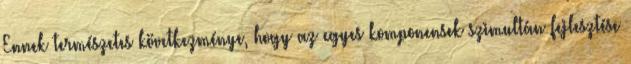
Ennek természetes következménye, hogy az egyes komponensek szimultán fejlesztése